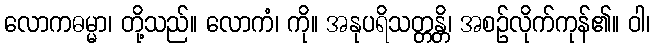
လောကဓမ္မာ၊ တို့သည်။ လောကံ၊ ကို။ အနုပရိသတ္တန္တိ၊ အစဉ်လိုက်ကုန်၏။ ဝါ၊